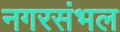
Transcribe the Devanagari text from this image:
नगरसंभल